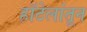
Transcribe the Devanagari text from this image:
हॉटेलांतून